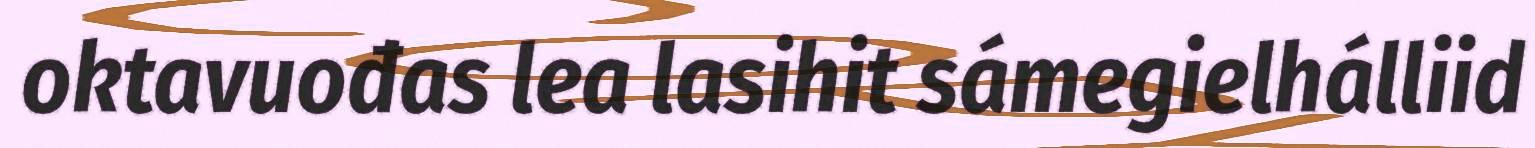
oktavuođas lea lasihit sámegielhálliid